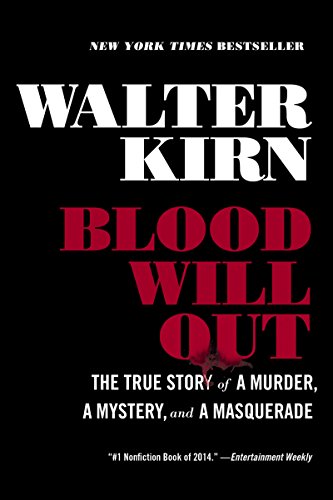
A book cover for Blood Will Out: The True Story of a Murder, a Mystery, and a Masquerade; Walter Kirn; Biographies & Memoirs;